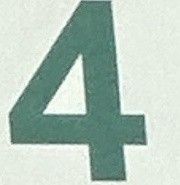
4